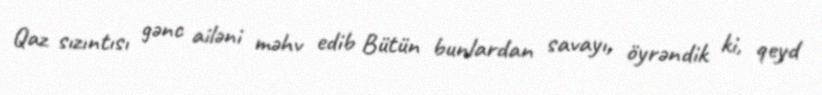
Qaz sızıntısı gənc ailəni məhv edib Bütün bunlardan savayı, öyrəndik ki, qeyd